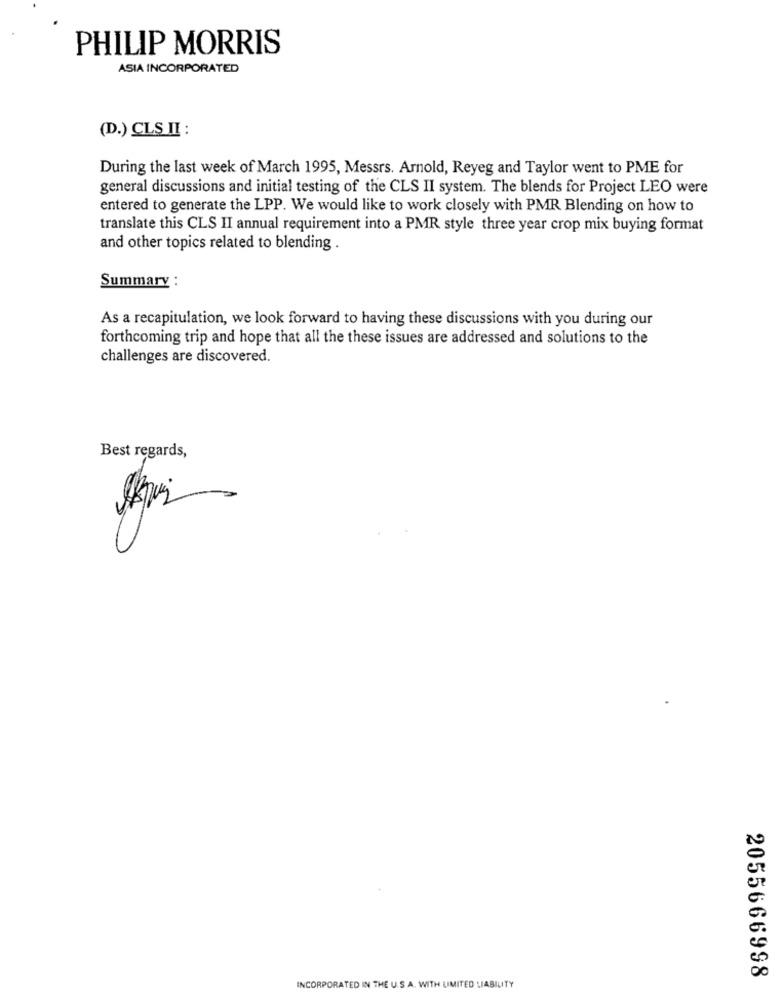
PHILIP MORRIS
ASIA INCORPORATED
(D.) CLS II :
During the last week of March 1995, Messrs. Arnold, Reyeg and Taylor went to PME for
general discussions and initial testing of the CLS II system. The blends for Project LEO were
entered to generate the LPP. We would like to work closely with PMR Blending on how to
translate this CLS II annual requirement into a PMR style three year crop mix buying format
and other topics related to blending .
Summary :
As a recapitulation, we look forward to having these discussions with you during our
forthcoming trip and hope that all the these issues are addressed and solutions to the
challenges are discovered.
Best regards,
2055666998
INCORPORATED IN THE U.S.A. WITH LIMITED LIABILITY